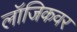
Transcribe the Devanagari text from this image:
लॉजिकवर